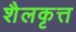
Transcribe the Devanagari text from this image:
शैलकृत्त